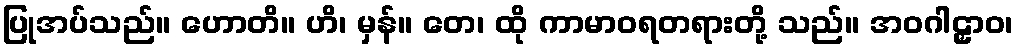
ပြုအပ်သည်။ ဟောတိ။ ဟိ၊ မှန်။ တေ၊ ထို ကာမာဝရတရားတို့ သည်။ အဝဂါဠှာဝ၊